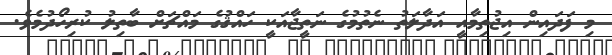
މި ފަދައިން އިޖުތިމާއީ އަދާލަތު ނެތުމުގެ ނަތީޖާއަކީ ހައްޤުގެ މައްޗަށް ބާތިލު ކުރިހޯދުމެވެ.